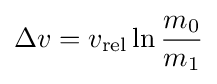
\Delta v=v_{\mathrm {rel} }\ln {\frac {m_{0}}{m_{1}}}